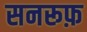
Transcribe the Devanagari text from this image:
सनरूफ़